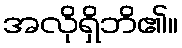
အလိုရှိဘိ၏။